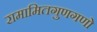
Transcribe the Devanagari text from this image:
रामामितगुणगणो